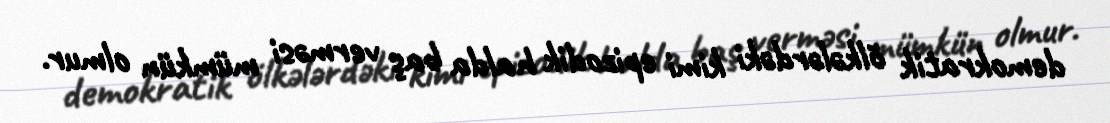
demokratik ölkələrdəki kimi epizodik halda baş verməsi mümkün olmur.